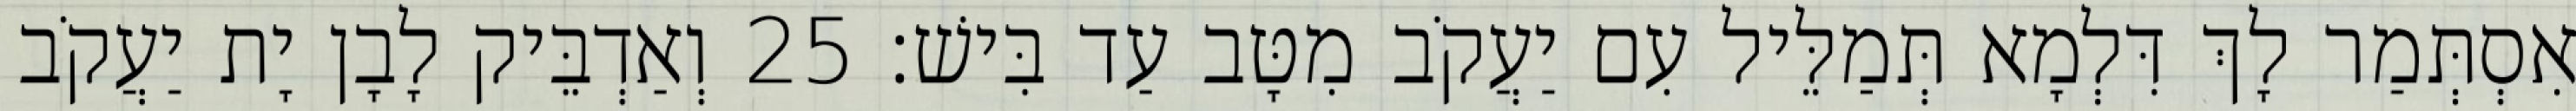
אִסְתְּמַר לָךְ דִּלְמָא תְּמַלֵּיל עִם יַעֲקֹב מִטָּב עַד בִּישׁ׃ 25 וְאַדְבֵּיק לָבָן יָת יַעֲקֹב